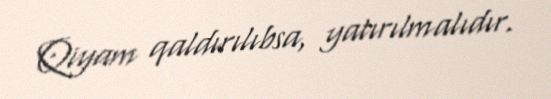
Qiyam qaldırılıbsa, yatırılmalıdır.